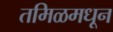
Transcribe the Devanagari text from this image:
तमिळमधून